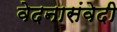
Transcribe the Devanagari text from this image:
वेदनासंवेदी